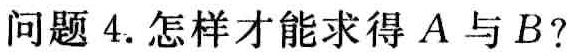
问题 4. 怎样才能求得 \(A\) 与 \(B\)?